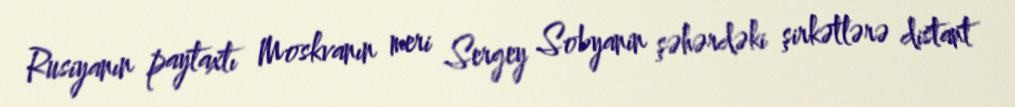
Rusiyanın paytaxtı Moskvanın meri Sergey Sobyanin şəhərdəki şirkətlərə distant